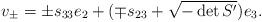
LaTeX: \begin{align*}v_{\pm} = \pm s_{33} e_2 + (\mp s_{23} + \sqrt{-\det S'}) e_3.\end{align*}